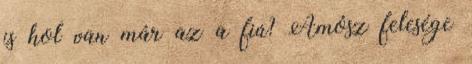
is hol van már az a fiú? Ámósz felesége